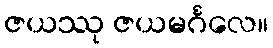
ဇယဿု ဇယမင်္ဂလေ။